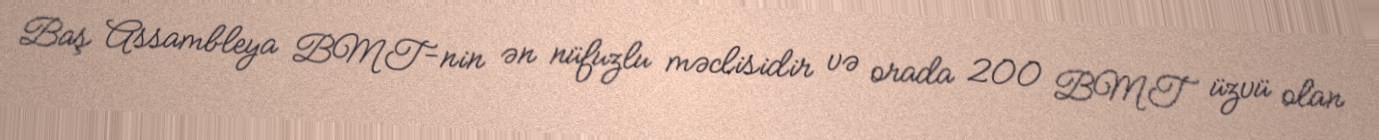
Baş Assambleya BMT-nin ən nüfuzlu məclisidir və orada 200 BMT üzvü olan